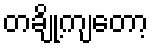
တချို့ကျတော့